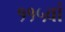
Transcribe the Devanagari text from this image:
११५वां